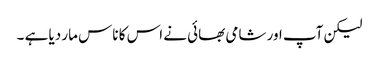
لیکن آپ اور شامی بھائی نے اس کا ناس مار دیا ہے ۔